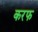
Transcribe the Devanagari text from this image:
करफ